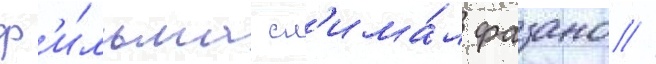
ф'и́льма сн'има́л фазано //